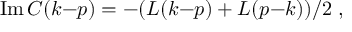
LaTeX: \mathrm { I m } \, C ( k { - } p ) = - ( L ( k { - } p ) + L ( p { - } k ) ) / 2 \; ,